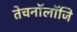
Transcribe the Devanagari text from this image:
तेचनॉलॉजि